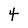
Character: 4